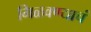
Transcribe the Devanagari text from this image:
मिळवण्याचं